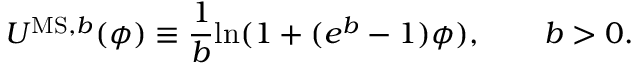
U ^ { \mathrm { M S , } b } ( \phi ) \equiv \frac { 1 } { b } \mathrm { l n } ( 1 + ( e ^ { b } - 1 ) \phi ) , \qquad b > 0 .